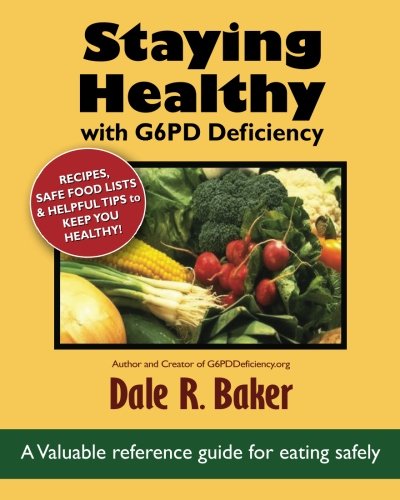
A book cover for Staying Healthy with G6PD Deficiency: Valuable reference guide for eating safely; Dale R Baker; Health, Fitness & Dieting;